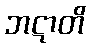
ဘဋာတိ